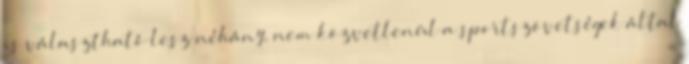
is választható lesz néhány, nem közvetlenül a sportszövetségek által